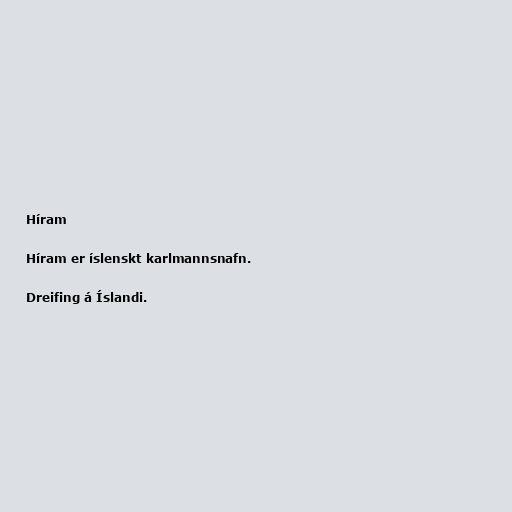
Híram

Híram er íslenskt karlmannsnafn.

Dreifing á Íslandi.